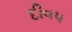
દીવ૫